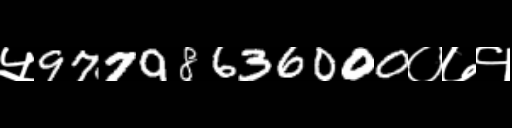
Text: ५97798636000०७१